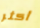
أكثر